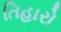
તિહારો